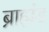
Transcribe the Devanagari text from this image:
ब्राह्मंड